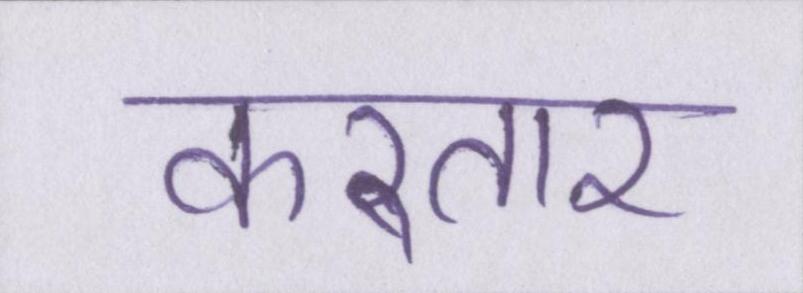
करतार